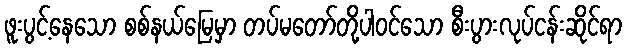
ဖူးပွင့်နေသော စစ်နယ်မြေမှာ တပ်မတော်တို့ပါဝင်သော စီးပွားလုပ်ငန်းဆိုင်ရာ